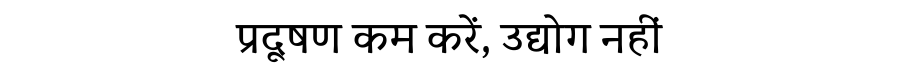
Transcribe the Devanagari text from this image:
प्रदूषण कम करें, उद्योग नहीं